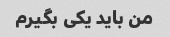
من باید یکی بگیرم